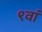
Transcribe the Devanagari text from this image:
९वां